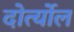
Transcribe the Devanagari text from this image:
दोर्त्योल